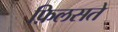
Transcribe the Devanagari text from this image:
फ़िलसते